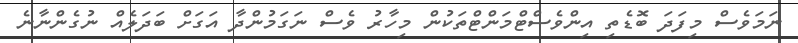
ނަމަވެސް މިފަދަ ބޮޑެތި އިންވެސްޓްމަންޓްތަކުން މިހާރު ވެސް ނަގަމުންދާ އަގަށް ބަދަލެއް ނުގެންނާނެ